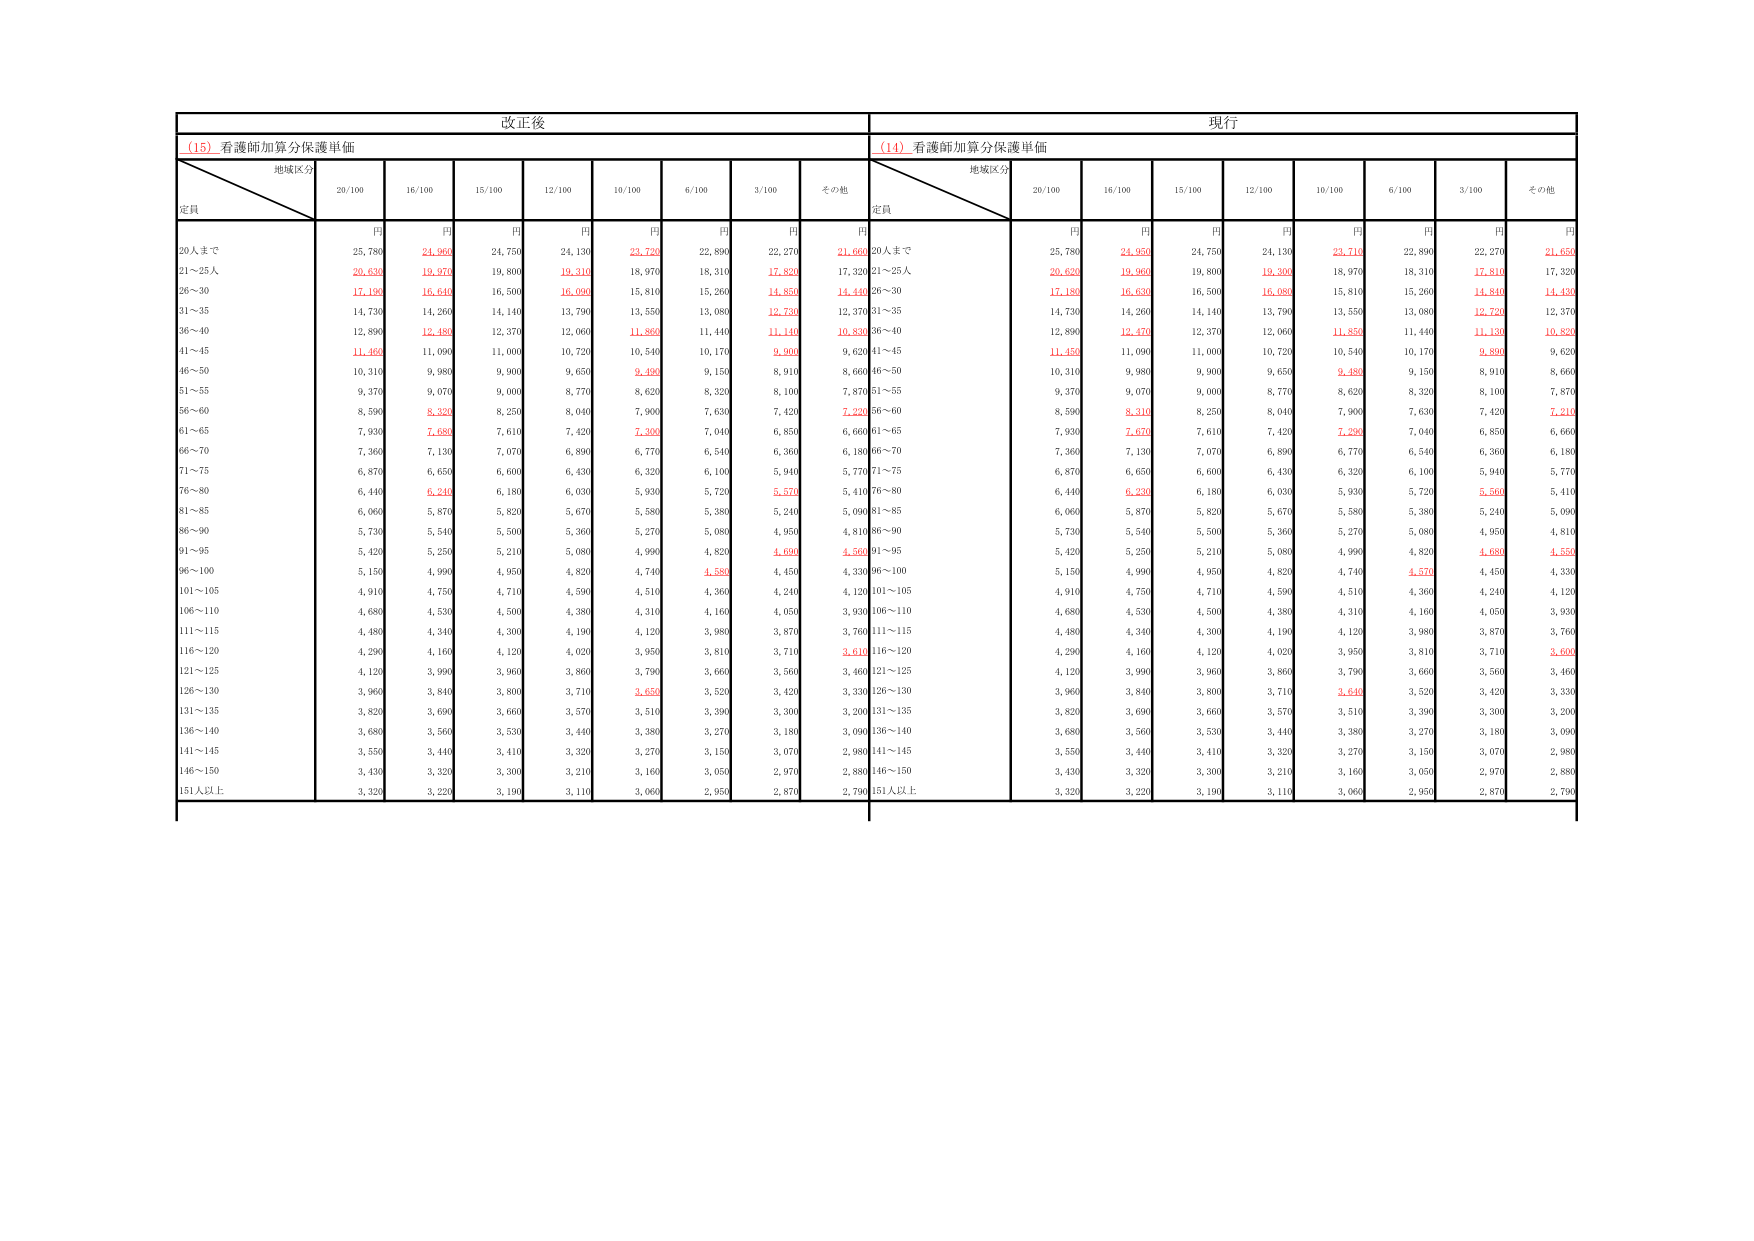
改正後
現行
(15) 看護師加算分保護単価
(14) 看護師加算分保護単価
地域区分
定員
20/100
16/100
15/100
12/100
10/100
6/100
3/100
その他
地域区分
定員
20/100
16/100
15/100
12/100
10/100
6/100
3/100
その他
円
円
円
円
円
円
円
円
円
円
円
円
円
円
円
円
円
円
20人まで
25,780
24,960
24,750
24,130
23,720
22,890
22,270
21,660
20人まで
25,780
24,950
24,750
24,130
23,710
22,890
22,270
21,650
21～25人
20,630
19,970
19,800
19,310
18,970
18,310
17,820
17,320
21～25人
20,630
19,960
19,800
19,300
18,970
18,310
17,810
17,320
26～30
17,190
16,640
16,500
16,090
15,810
15,260
14,850
14,440
26～30
17,180
16,630
16,500
16,080
15,810
15,260
14,840
14,430
31～35
14,730
14,260
14,140
13,790
13,550
13,080
12,730
12,370
31～35
14,730
14,260
14,140
13,790
13,550
13,080
12,720
12,370
36～40
12,890
12,480
12,370
12,060
11,860
11,440
11,140
10,830
36～40
12,890
12,470
12,370
12,060
11,850
11,440
11,130
10,820
41～45
11,460
11,090
11,000
10,720
10,540
10,170
9,900
9,620
41～45
11,450
11,090
11,000
10,720
10,540
10,170
9,890
9,620
46～50
10,310
9,980
9,900
9,650
9,490
9,150
8,910
8,660
46～50
10,310
9,980
9,900
9,650
9,480
9,150
8,910
8,660
51～55
9,370
9,070
9,000
8,770
8,620
8,320
8,100
7,870
51～55
9,370
9,070
9,000
8,770
8,620
8,320
8,100
7,870
56～60
8,590
8,320
8,250
8,040
7,900
7,630
7,420
7,220
56～60
8,590
8,310
8,250
8,040
7,900
7,630
7,420
7,210
61～65
7,930
7,680
7,610
7,420
7,300
7,040
6,850
6,660
61～65
7,930
7,670
7,610
7,420
7,290
7,040
6,850
6,660
66～70
7,360
7,130
7,070
6,890
6,770
6,540
6,360
6,180
66～70
7,360
7,130
7,070
6,890
6,770
6,540
6,360
6,180
71～75
6,870
6,650
6,600
6,430
6,320
6,100
5,940
5,770
71～75
6,870
6,650
6,600
6,430
6,320
6,100
5,940
5,770
76～80
6,440
6,240
6,180
6,030
5,930
5,720
5,570
5,410
76～80
6,440
6,230
6,180
6,030
5,930
5,720
5,560
5,410
81～85
6,060
5,870
5,820
5,670
5,580
5,380
5,240
5,090
81～85
6,060
5,870
5,820
5,670
5,580
5,380
5,240
5,090
86～90
5,730
5,540
5,500
5,360
5,270
5,080
4,950
4,810
86～90
5,730
5,540
5,500
5,360
5,270
5,080
4,950
4,810
91～95
5,420
5,250
5,210
5,080
4,990
4,820
4,690
4,560
91～95
5,420
5,250
5,210
5,080
4,990
4,820
4,680
4,550
96～100
5,150
4,990
4,950
4,820
4,740
4,580
4,450
4,330
96～100
5,150
4,990
4,950
4,820
4,740
4,570
4,450
4,330
101～105
4,910
4,750
4,710
4,590
4,510
4,360
4,240
4,120
101～105
4,910
4,750
4,710
4,590
4,510
4,360
4,240
4,120
106～110
4,680
4,530
4,500
4,380
4,310
4,160
4,050
3,930
106～110
4,680
4,530
4,500
4,380
4,310
4,160
4,050
3,930
111～115
4,480
4,340
4,300
4,190
4,120
3,980
3,870
3,760
111～115
4,480
4,340
4,300
4,190
4,120
3,980
3,870
3,760
116～120
4,290
4,160
4,120
4,020
3,950
3,810
3,710
3,610
116～120
4,290
4,160
4,120
4,020
3,950
3,810
3,710
3,600
121～125
4,120
3,990
3,960
3,860
3,790
3,660
3,560
3,460
121～125
4,120
3,990
3,960
3,860
3,790
3,660
3,560
3,460
126～130
3,960
3,840
3,800
3,710
3,650
3,520
3,420
3,330
126～130
3,960
3,840
3,800
3,710
3,640
3,520
3,420
3,330
131～135
3,820
3,690
3,660
3,570
3,510
3,390
3,300
3,200
131～135
3,820
3,690
3,660
3,570
3,510
3,390
3,300
3,200
136～140
3,680
3,560
3,530
3,440
3,380
3,270
3,180
3,090
136～140
3,680
3,560
3,530
3,440
3,380
3,270
3,180
3,090
141～145
3,550
3,440
3,410
3,320
3,270
3,150
3,070
2,980
141～145
3,550
3,440
3,410
3,320
3,270
3,150
3,070
2,980
146～150
3,430
3,320
3,300
3,210
3,160
3,050
2,970
2,880
146～150
3,430
3,320
3,300
3,210
3,160
3,050
2,970
2,880
151人以上
3,320
3,220
3,190
3,110
3,060
2,950
2,870
2,790
151人以上
3,320
3,220
3,190
3,110
3,060
2,950
2,870
2,790